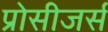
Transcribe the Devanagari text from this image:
प्रोसीजर्स